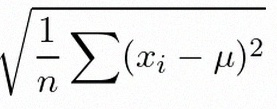
\sigma=\sqrt{\frac1n\sum(x_i-\mu)^2}